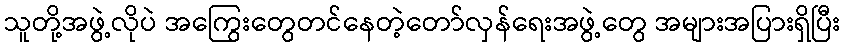
သူတို့အဖွဲ့လိုပဲ အကြွေးတွေတင်နေတဲ့တော်လှန်ရေးအဖွဲ့တွေ အများအပြားရှိပြီး